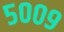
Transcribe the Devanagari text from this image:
५००९